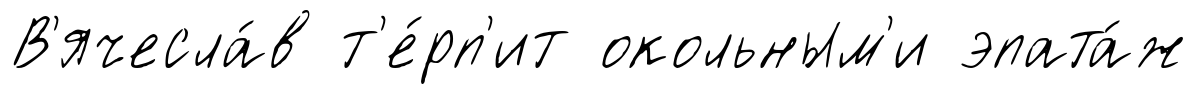
В'ячесла́в т'е́рп'ит окольным'и эпата́ж